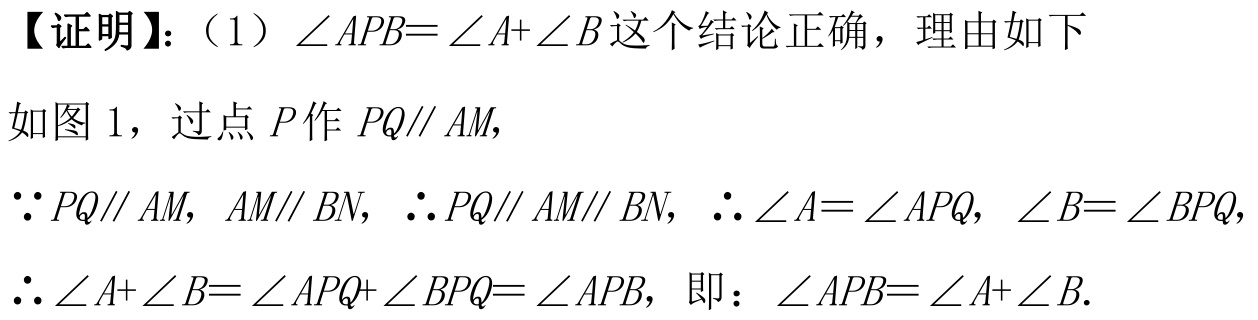
【证明】：（1）\(\angle APB = \angle A + \angle B\)这个结论正确，理由如下
如图1，过点\(P\)作\(PQ\parallel AM\)，
\(\because PQ\parallel AM\)，\(AM\parallel BN\)，\(\therefore PQ\parallel AM\parallel BN\)，\(\therefore \angle A = \angle APQ\)，\(\angle B = \angle BPQ\)，
\(\therefore \angle A+\angle B = \angle APQ+\angle BPQ=\angle APB\)，即：\(\angle APB = \angle A+\angle B\).